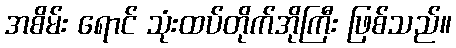
အစိမ်း ရောင် သုံးထပ်တိုက်အိုကြီး ဖြစ်သည်။